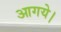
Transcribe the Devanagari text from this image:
आगये।